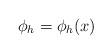
LaTeX: \begin{align*}\phi _h =\phi _h (x) \end{align*}